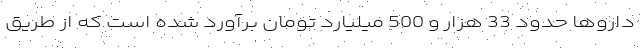
داروها حدود 33 هزار و 500 میلیارد تومان برآورد شده است که از طریق